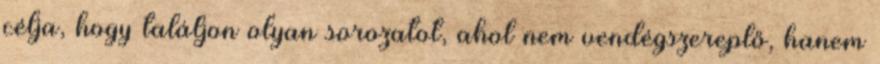
célja, hogy találjon olyan sorozatot, ahol nem vendégszereplő, hanem